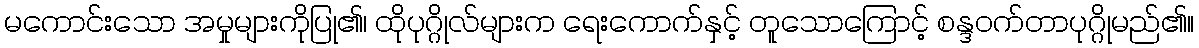
မကောင်းသော အမှုများကိုပြု၏၊ ထိုပုဂ္ဂိုလ်များက ရေးကောက်နှင့် တူသောကြောင့် စန္ဒဝက်တာပုဂ္ဂိုမည်၏။